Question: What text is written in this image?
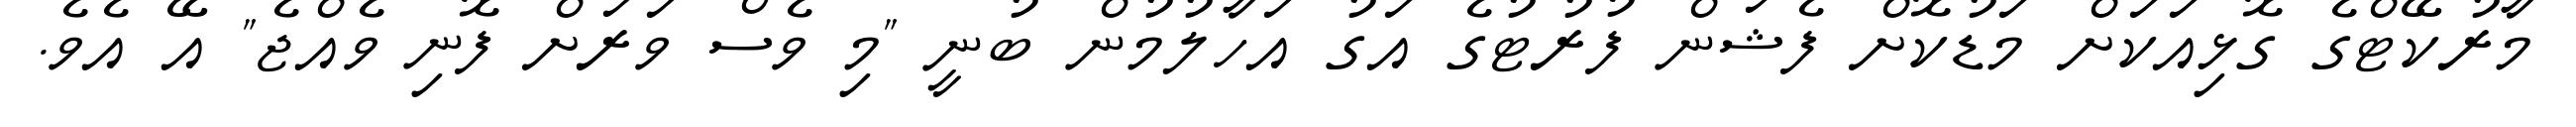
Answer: މާރުކޭޓްގެ ގޮޅިއަކަށް މަޑުކޮށް ފެޝަން ފުރުޓުގެ އަގު އަހާލުމުން ބުނީ "މި ވެސް ވަރަށް ފޮނި ވެއްޖެ" އޭ އެވެ.